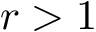
r > 1 \AA